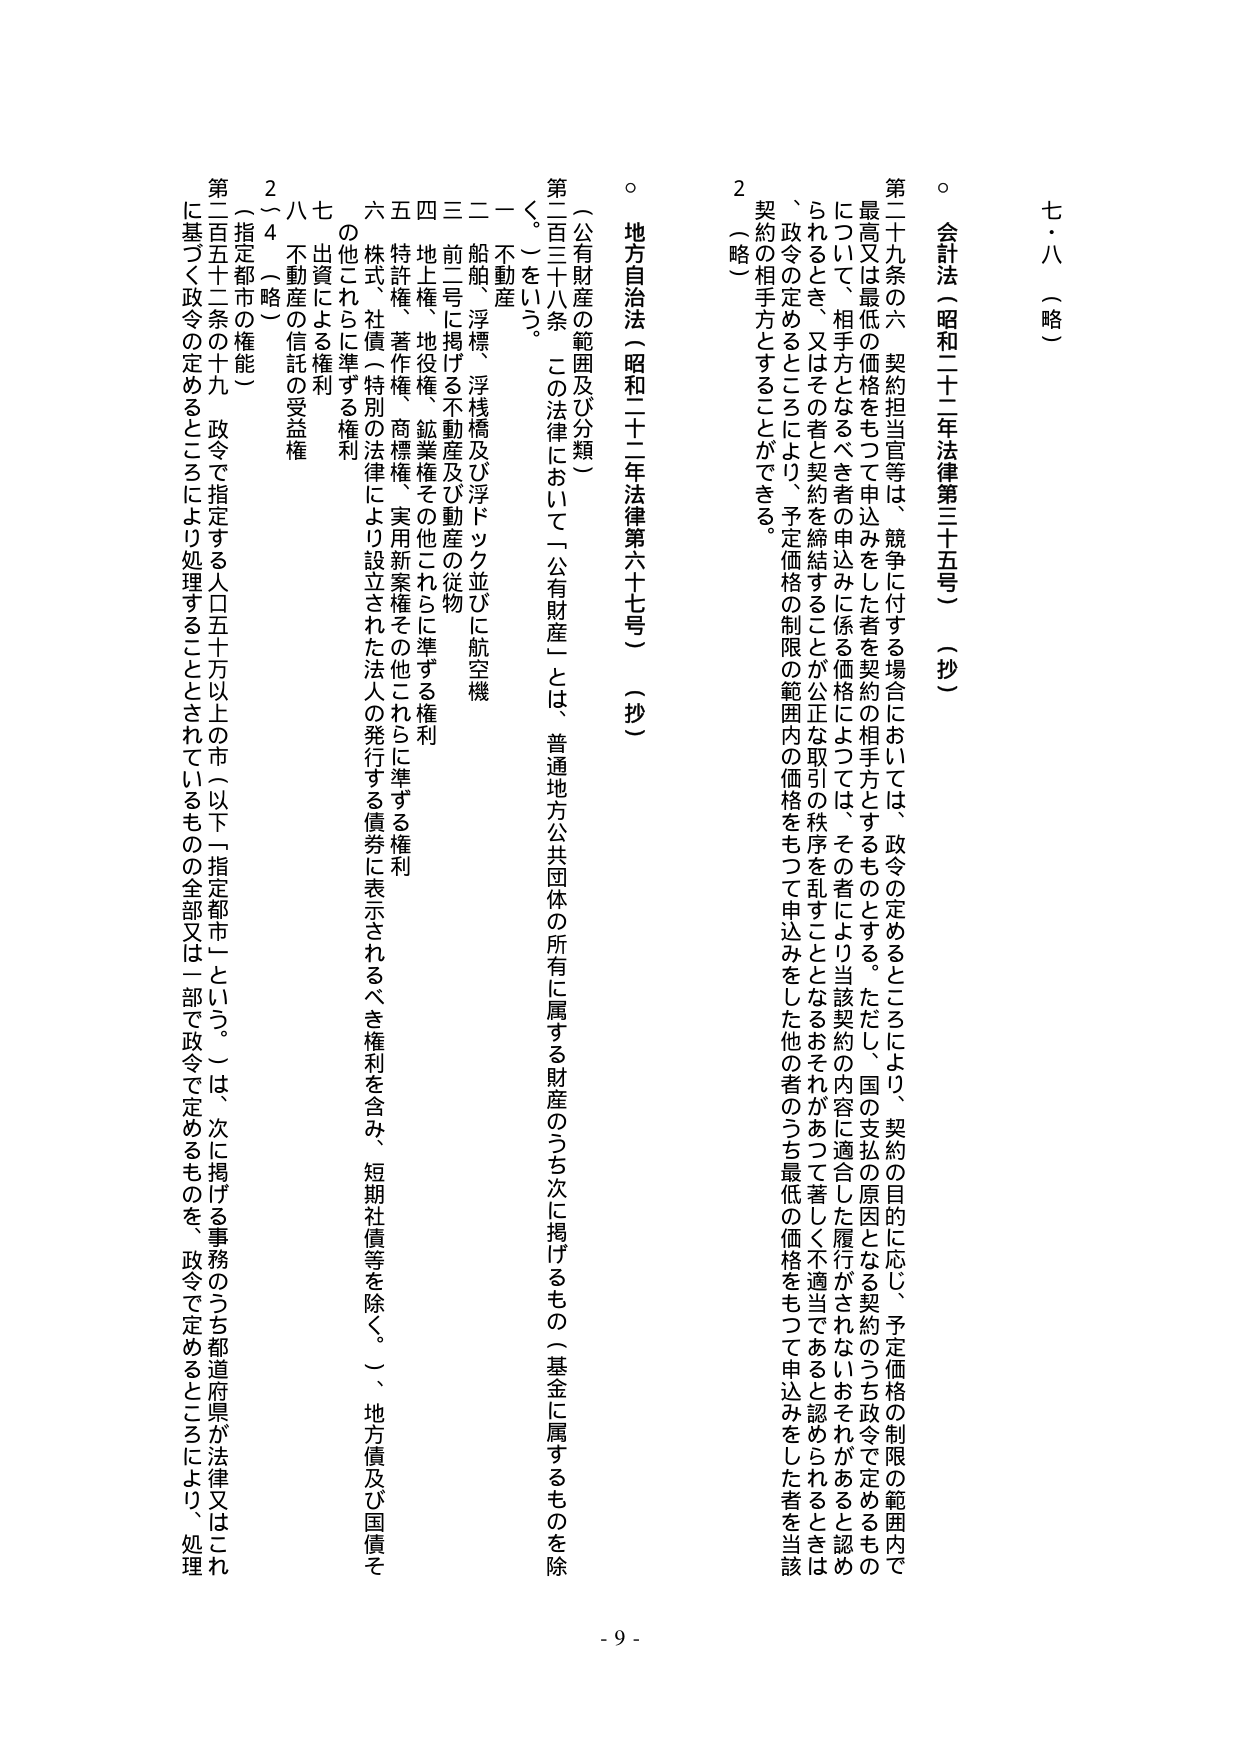
七・八（略）

○ 会計法（昭和二十二年法律第三十五号）（抄）

第二十九条の六 契約担当官等は、競争に付する場合においては、政令の定めるところにより、契約の目的に応じ、予定価格の制限の範囲内で、最高又は最低の価格をもって申込みをした者を契約の相手方とするものとする。ただし、国の支払の原因となる契約のうち政令で定めるものについて、相手方となるべき者の申込みに係る価格によっては、その者により当該契約の内容に適合した履行がされないおそれがあると認められるとき、又はその者と契約を締結することが公正な取引の秩序を乱すこととなるおそれがあって著しく不適当であると認められるときは、政令の定めるところにより、予定価格の制限の範囲内の価格をもって申込みをした他の者のうち最低の価格をもって申込みをした者を当該契約の相手方とすることができる。

２（略）

○ 地方自治法（昭和二十二年法律第六十七号）（抄）

（公有財産の範囲及び分類）

第二百三十八条 この法律において「公有財産」とは、普通地方公共団体の所有に属する財産のうち次に掲げるものの（基金に属するものを除く。）をいう。

一 不動産

二 船舶、浮標、浮桟橋及び浮ドック並びに航空機

三 前二号に掲げる不動産及び動産の従物

四 地上権、地役権、鉱業権その他これらに準ずる権利

五 特許権、著作権、商標権、実用新案権その他これらに準ずる権利

六 株式、社債（特別の法律により設立された法人の発行する債券に表示されるべき権利を含み、短期社債等を除く。）、地方債及び国債その他これらに準ずる権利

七 出資による権利

八 不動産の信託の受益権

２～４（略）

（指定都市の権能）

第二百五十二条の十九 政令で指定する人口五十万以上の市（以下「指定都市」という。）は、次に掲げる事務のうち都道府県が法律又はこれに基づく政令の定めるところにより処理することとされているものの全部又は一部を政令で定めるものを、政令で定めるところにより、処理

- 9 -